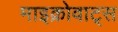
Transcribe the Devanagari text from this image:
माइक्रोवाट्स